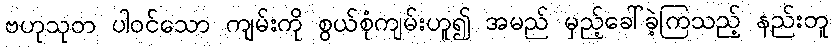
ဗဟုသုတ ပါဝင်သော ကျမ်းကို စွယ်စုံကျမ်းဟူ၍ အမည် မှည့်ခေါ်ခဲ့ကြသည့် နည်းတူ